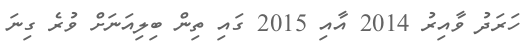
ހަރަދު ވާއިރު 2014 އާއި 2015 ގައި ތިން ބިލިއަނަށް ވުރެ ގިނަ